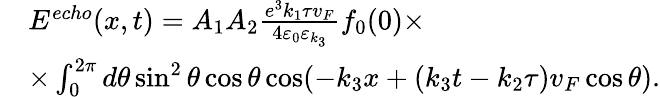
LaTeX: \begin{array}{rl}&{E^{echo}(x,t)=A_{1}A_{2}\frac{e^{3}k_{1}\tau v_{F}}{4\varepsilon_{0}\varepsilon_{k_{3}}}f_{0}(0)\times}\\ &{\times\int_{0}^{2\pi}d\theta\sin^{2}\theta\cos\theta\cos(-k_{3}x+(k_{3}t-k_{2}\tau)v_{F}\cos\theta).}\end{array}